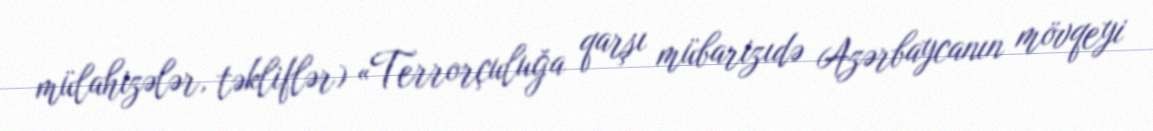
mülahizələr, təkliflər) «Terrorçuluğa qarşı mübarizıdə Azərbaycanın mövqeyi